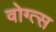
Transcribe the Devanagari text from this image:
वोग्त्स